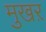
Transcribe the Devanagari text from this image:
मुखऱ